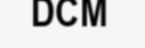
DCM